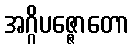
အဂ္ဂိပဇ္ဇောတော